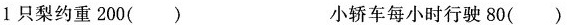
1只梨约重200() 小轿车每小时行驶80()